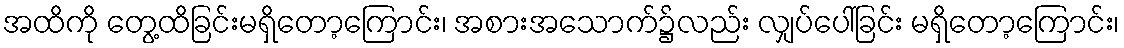
အထိကို တွေ့ထိခြင်းမရှိတော့ကြောင်း၊ အစားအသောက်၌လည်း လျှပ်ပေါ်ခြင်း မရှိတော့ကြောင်း၊